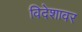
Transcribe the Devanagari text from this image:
विदेशावर